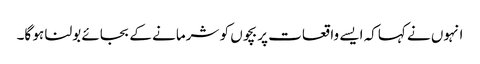
انہوں نے کہاکہ ایسے واقعات پر بچوں کو شرمانے کے بجائے بولنا ہو گا۔